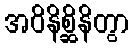
အဝိနိစ္ဆိနိတွာ